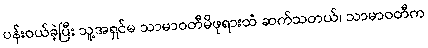
ပန်းဝယ်ခဲ့ပြီး သူ့အရှင်မ သာမာဝတီမိဖုရားထံ ဆက်သတယ်၊ သာမာဝတီက